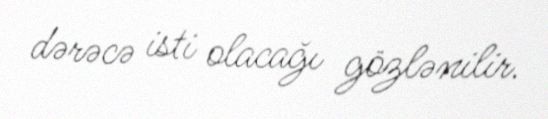
dərəcə isti olacağı gözlənilir.